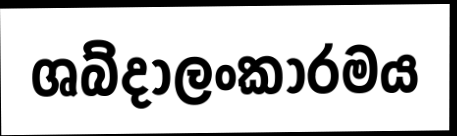
ශබ්දාලංකාරමය